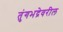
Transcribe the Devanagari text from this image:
तुंगभद्रेवरील